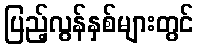
ပြည့်လွန်နှစ်များတွင်